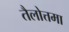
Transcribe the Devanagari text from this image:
तैलोत्तमा